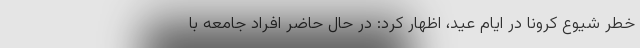
خطر شیوع کرونا در ایام عید، اظهار کرد: در حال حاضر افراد جامعه با